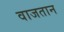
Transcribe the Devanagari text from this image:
वाजतान